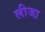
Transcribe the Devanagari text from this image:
लीजा़